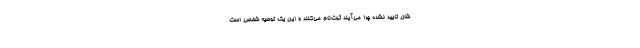
شان تایید نشده چرا می‌آیند ثبت‌نام می‌کنند و این یک توصیه شخصی است